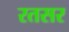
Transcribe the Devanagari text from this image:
रतसर